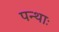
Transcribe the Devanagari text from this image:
पन्थाः